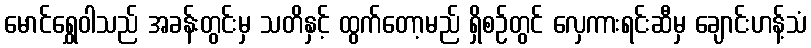
မောင်ရွှေဝါသည် အခန်းတွင်းမှ သတိနှင့် ထွက်တော့မည် ရှိစဉ်တွင် လှေကားရင်းဆီမှ ချောင်းဟန့်သံ